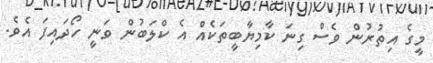
މީގެ އިތުރުން ވެސް ގިނަ ކާމިޔާބީތަކެއް އެ ކްލަބުން ވަނީ ހޯދައިފަ އެވެ.